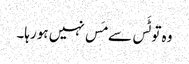
وہ تو ٹَس سے مَس نہیں ہو رہا۔